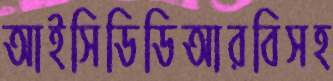
আইসিডিডিআরবিসহ